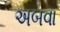
અબવા